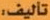
تأليف